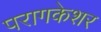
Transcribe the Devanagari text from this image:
परागकेशर